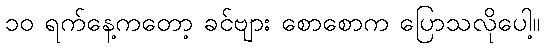
၁၀ ရက်နေ့ကတော့ ခင်ဗျား စောစောက ပြောသလိုပေါ့။